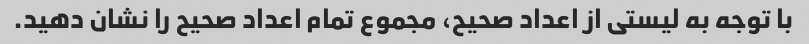
با توجه به لیستی از اعداد صحیح، مجموع تمام اعداد صحیح را نشان دهید.